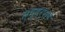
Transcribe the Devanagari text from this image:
स्थूलरूपाने